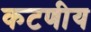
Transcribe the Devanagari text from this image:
कटणीय